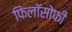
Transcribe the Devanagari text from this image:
फिलॉसोफी